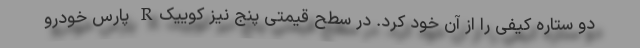
دو ستاره کیفی را از آن خود کرد. در سطح قیمتی پنج نیز کوییکR پارس خودرو